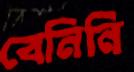
বেনিনি